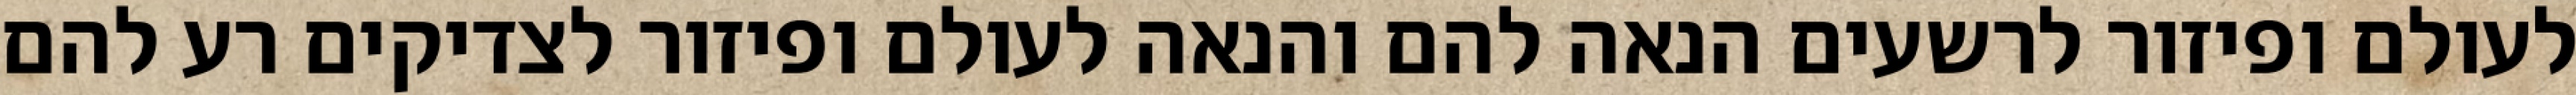
לעולם ופיזור לרשעים הנאה להם והנאה לעולם ופיזור לצדיקים רע להם